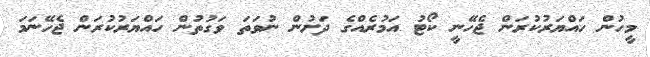
މީހުން ހައްޔަރުކުރަން ޖެހޭނީ ކޯޓު އަމުރެއްގެ ދަށުން ނުވަތަ ވަގުތުން ހައްޔަރުކުރަން ޖެހޭނަމަ